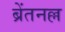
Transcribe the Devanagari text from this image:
ब्रेंतनल्ल